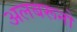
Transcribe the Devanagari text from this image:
अलबरूनो